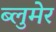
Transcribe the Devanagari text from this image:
ब्लुमेर